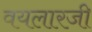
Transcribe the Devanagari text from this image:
वयलारजी